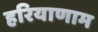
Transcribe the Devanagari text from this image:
हरियाणाम